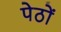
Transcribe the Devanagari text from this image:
पेठों